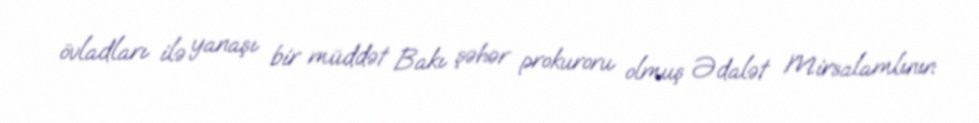
övladları ilə yanaşı bir müddət Bakı şəhər prokuroru olmuş Ədalət Mirsalamlının